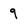
Character: 9